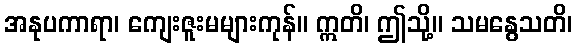
အနုပကာရာ၊ ကျေးဇူးမများကုန်။ ဣတိ၊ ဤသို့။ သမနွေသတိ၊